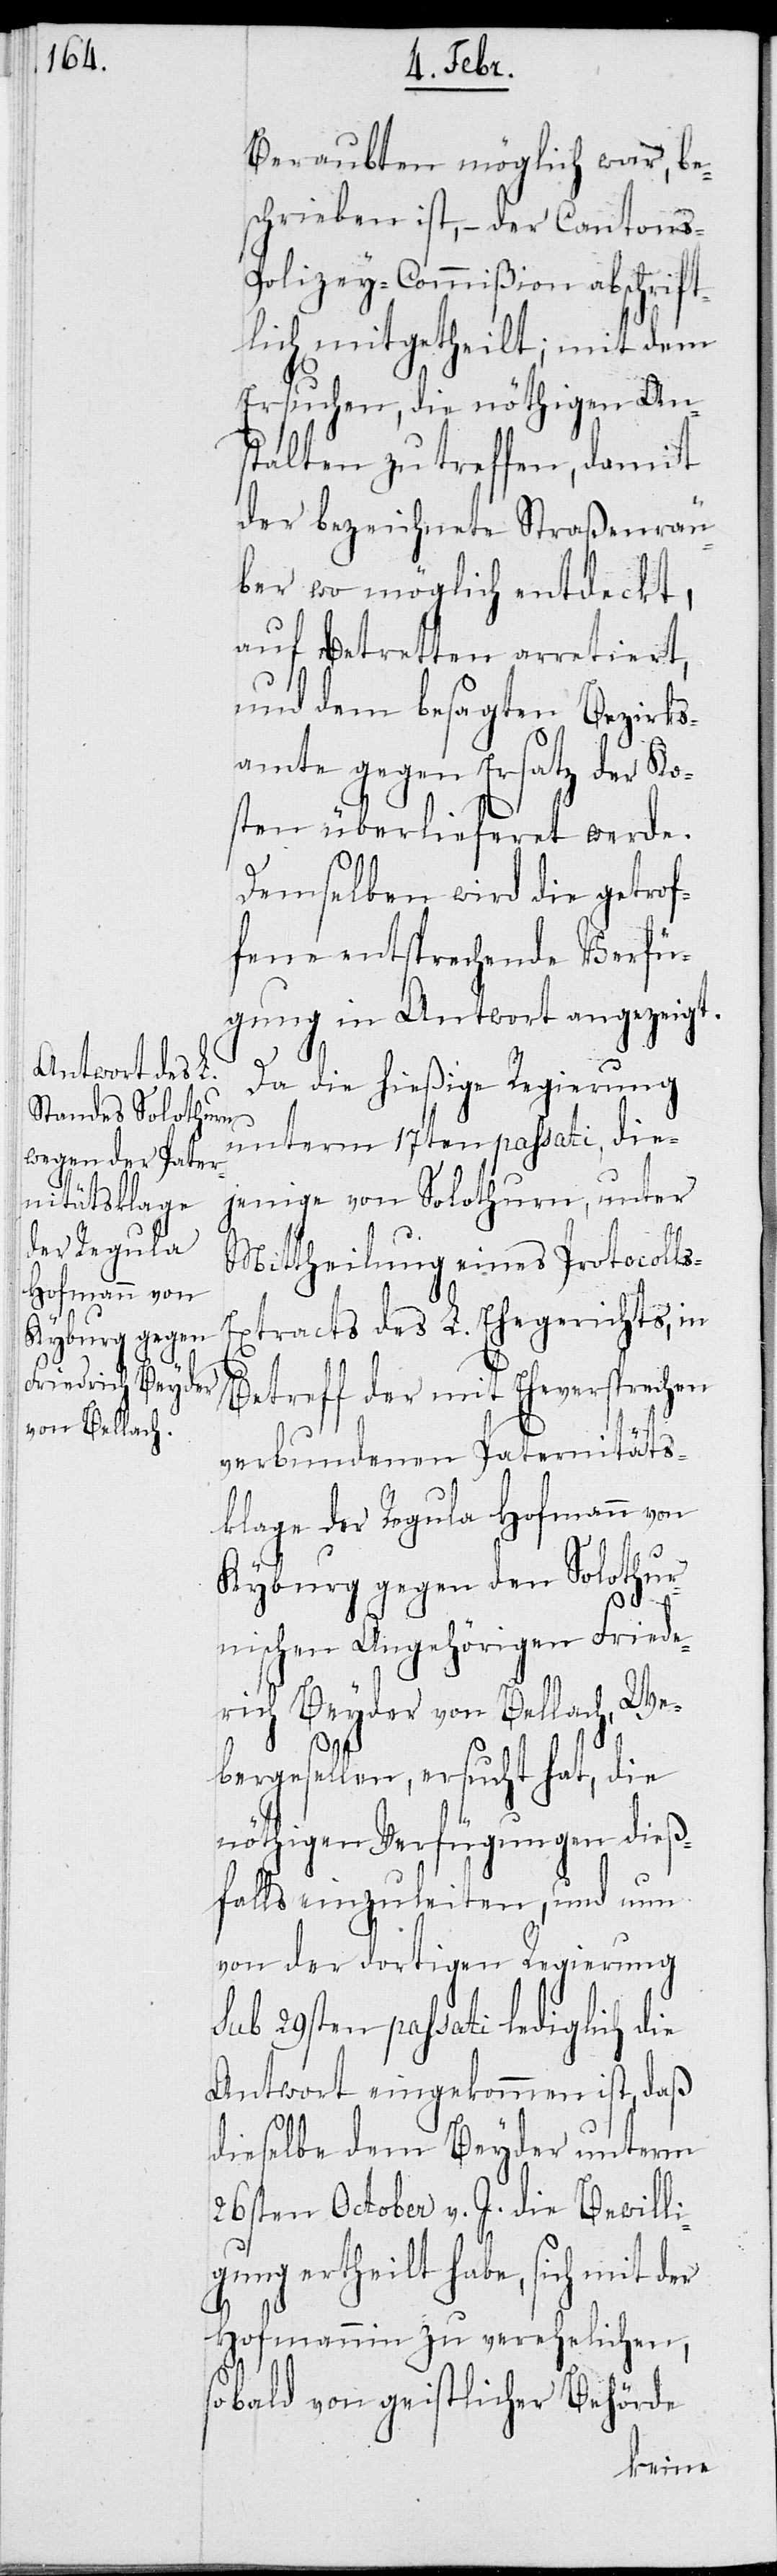
Beraubten möglich war, be¬
schrieben ist, – der Cantons-P¬
olizey-Commißion abschrift¬
lich mitgetheilt; mit dem
Ersuchen, die nöthigen An¬
stalten zu treffen, damit
der bezeichnete Straßenräu¬
ber wo möglich entdeckt,
auf Betretten arretiert
amte gegen Ersatz der Ko¬
sten überlieferet werde.
Demselben wird die getrof¬
fene entsprechende Verfü¬
gung in Antwort angezeigt.
Da die hießige Regierung
unterm 17ten passati, die¬
jenige von Solothurn, unter
Mittheilung eines Protocoll¬
xtracts des L. Ehegerichts, in
Betreff der mit Eheversprechen
verbundenen Paternitäts¬
klage der Regula Hofmann von
Kyburg gegen den Solothur¬
nischen Angehörigen Fried¬
rich Beyder von Bellach, We¬
bergesellen, ersucht hat, die
nöthigen Verfügungen dieß¬
falls einzuleiten, und nun
von der dortigen Regierung
29sten passati lediglich die
Antwort eingekommen ist, daß
dieselbe dem Beyder unterm
26sten October v. J. die Bewilli¬
gung ertheilt habe, sich mit der
Hofmannin zu verehelichen,
s-E¬
sobald von geistlicher Behörde